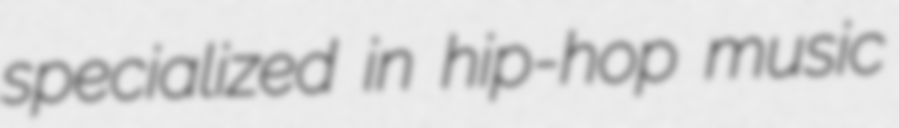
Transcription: specialized in hip-hop music